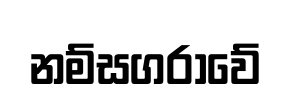
නම්සගරාවේ